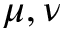
\mu , \nu